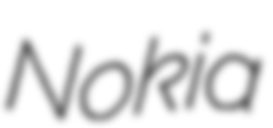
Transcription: Nokia